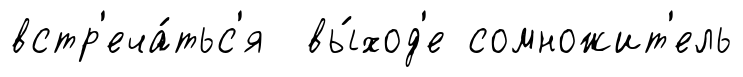
встр'еча́тьс'я вы́ход'е сомножит'ель